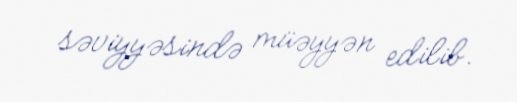
səviyyəsində müəyyən edilib.